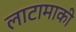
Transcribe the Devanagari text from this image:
लाटामाकी